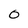
Character: 0